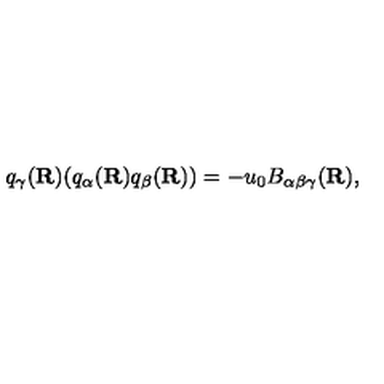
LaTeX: q _ { \gamma } ( { \bf R } ) ( q _ { \alpha } ( { \bf R } ) q _ { \beta } ( { \bf R } ) ) = - u _ { 0 } B _ { \alpha \beta \gamma } ( { \bf R } ) ,